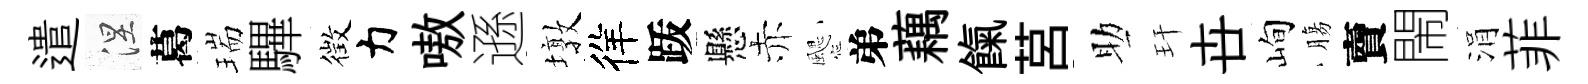
遣涅葛瑞驆徴力嗷遜墩徉䟦懸赤颸弟藕餼莒助玕卋峋膓𧶠閙涓菲